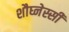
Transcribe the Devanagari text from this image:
शौघ्नेस्सी